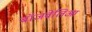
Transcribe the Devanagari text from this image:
बॉजवेलिआ